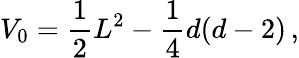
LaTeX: V_{0}=\frac{1}{2}L^{2}-\frac{1}{4}d(d-2)\, ,